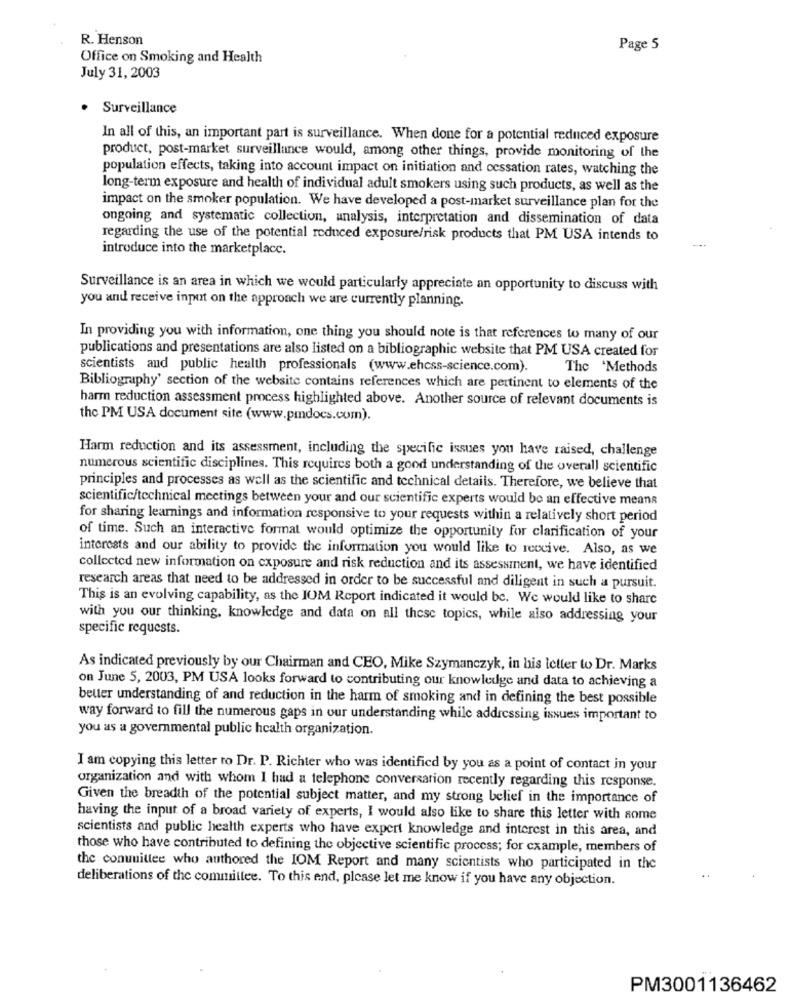
R. Henson
Page 5
Office on Smoking and Health
July 31, 2003
Surveillance
In all of this, an important part is surveillance. When done for a potential reduced exposure
product, post-market surveillance would, among other things, provide monitoring of the
population effects, taking into account impact on initiation and cessation rates, watching the
long-term exposure and health of individual adult smokers using such products, as well as the
impact on the smoker population. We have developed a post-market surveillance plan for the
ongoing and systematic collection, analysis, interpretation and dissemination of data
regarding the use of the potential reduced exposure/risk products that PM USA intends to
introduce into the marketplace.
Surveillance is an area in which we would particularly appreciate an opportunity to discuss with
you and receive input on the approach we are currently planning.
In providing you with information, one thing you should note is that references to many of our
publications and presentations are also listed on a bibliographic website that PM USA created for
scientists and public health professionals (www.ehcss-science.com).
The 'Methods
Bibliography' section of the website contains references which are pertinent to elements of the
harm reduction assessment process highlighted above. Another source of relevant documents is
the PM USA document site (www.pmdocs.com).
Harm reduction and its assessment, including the specific issues you have raised, challenge
numerous scientific disciplines. This requires both a good understanding of the overall scientific
principles and processes as well as the scientific and technical details. Therefore, we believe that
scientific/technical meetings between your and our scientific experts would be an effective means
for sharing learnings and information responsive to your requests within a relatively short period
of time. Such an interactive format would optimize the opportunity for clarification of your
interests and our ability to provide the information you would like to receive. Also, as we
collected new information on exposure and risk reduction and its assessment, we have identified
research areas that need to be addressed in order to be successful and diligent in such a pursuit.
This is an evolving capability, as the IOM Report indicated it would be. We would like to share
with you our thinking, knowledge and data on all these topics, while also addressing your
specific requests.
As indicated previously by our Chairman and CEO, Mike Szymanczyk, in bis letter to Dr. Marks
on June 5, 2003, PM USA looks forward to contributing our knowledge and data to achieving a
better understanding of and reduction in the harm of smoking and in defining the best possible
way forward to fill the numerous gaps in our understanding while addressing issues important to
you as a governmental public health organization.
I am copying this letter to Dr. P. Richter who was identified by you as a point of contact in your
organization and with whom I had a telephone conversation recently regarding this response.
Given the breadth of the potential subject matter, and my strong belief in the importance of
having the input of a broad variety of experts, I would also like to share this letter with some
scientists and public health experts who have expert knowledge and interest in this area, and
those who have contributed to defining the objective scientific process; for cxample, members of
the conuuittee who authored the IOM Report and many scientists who participated in the
deliberations of the committee. To this end, please let me know if you have any objection.
PM3001136462